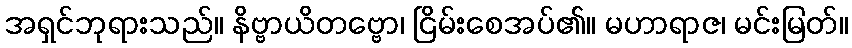
အရှင်ဘုရားသည်။ နိဗ္ဗာယိတဗ္ဗော၊ ငြိမ်းစေအပ်၏။ မဟာရာဇ၊ မင်းမြတ်။